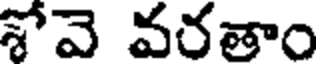
శోవె వరతాం